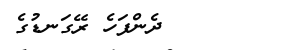
ދެންފަހެ ރޭގަނޑުގެ